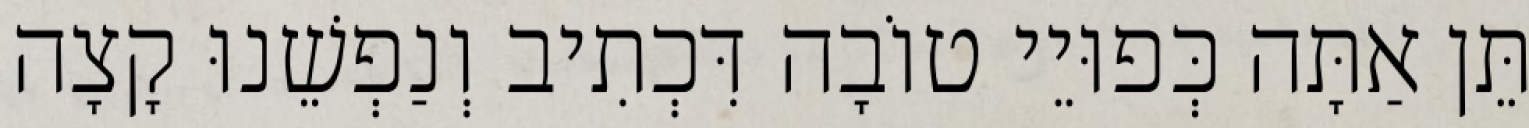
תֵּן אַתָּה כְּפוּיֵי טוֹבָה דִּכְתִיב וְנַפְשֵׁנוּ קָצָה